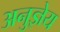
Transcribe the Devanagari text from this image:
अनुज्ञेय